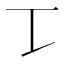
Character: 𰀀